Document type: Enfranchisement
Year: 1297
Scribe: Jaume de Trilla
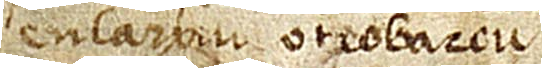
en l’arxiu o trobareu.